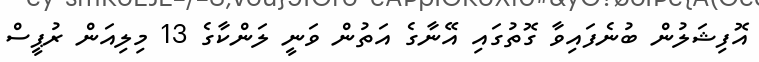
އޮފިޝަލުން ބުނެފައިވާ ގޮތުގައި އޭނާގެ އަތުން ވަނީ ލަންކާގެ 13 މިލިއަން ރުޕީސް